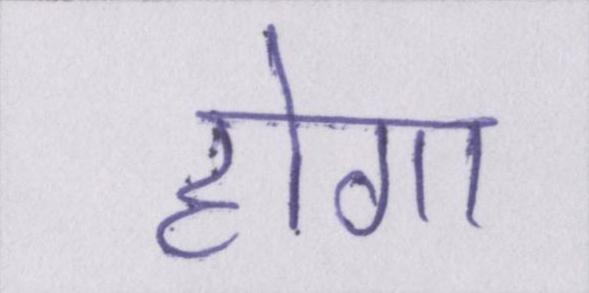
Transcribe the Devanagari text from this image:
होगा